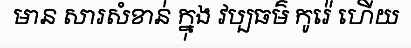
មាន សារសំខាន់ ក្នុង វប្បធម៌ កូរ៉េ ហើយ